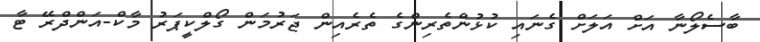
ބާސެލޯނާ އަށް އަލަށް ގެނައި ކުޅުންތެރިންގެ ތެރެއިން ޖަރުމަން ގޯލްކީޕަރު މާކް-އަންދްރޭ ޓާ